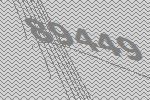
89449